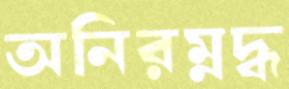
অনিরম্নদ্ধ